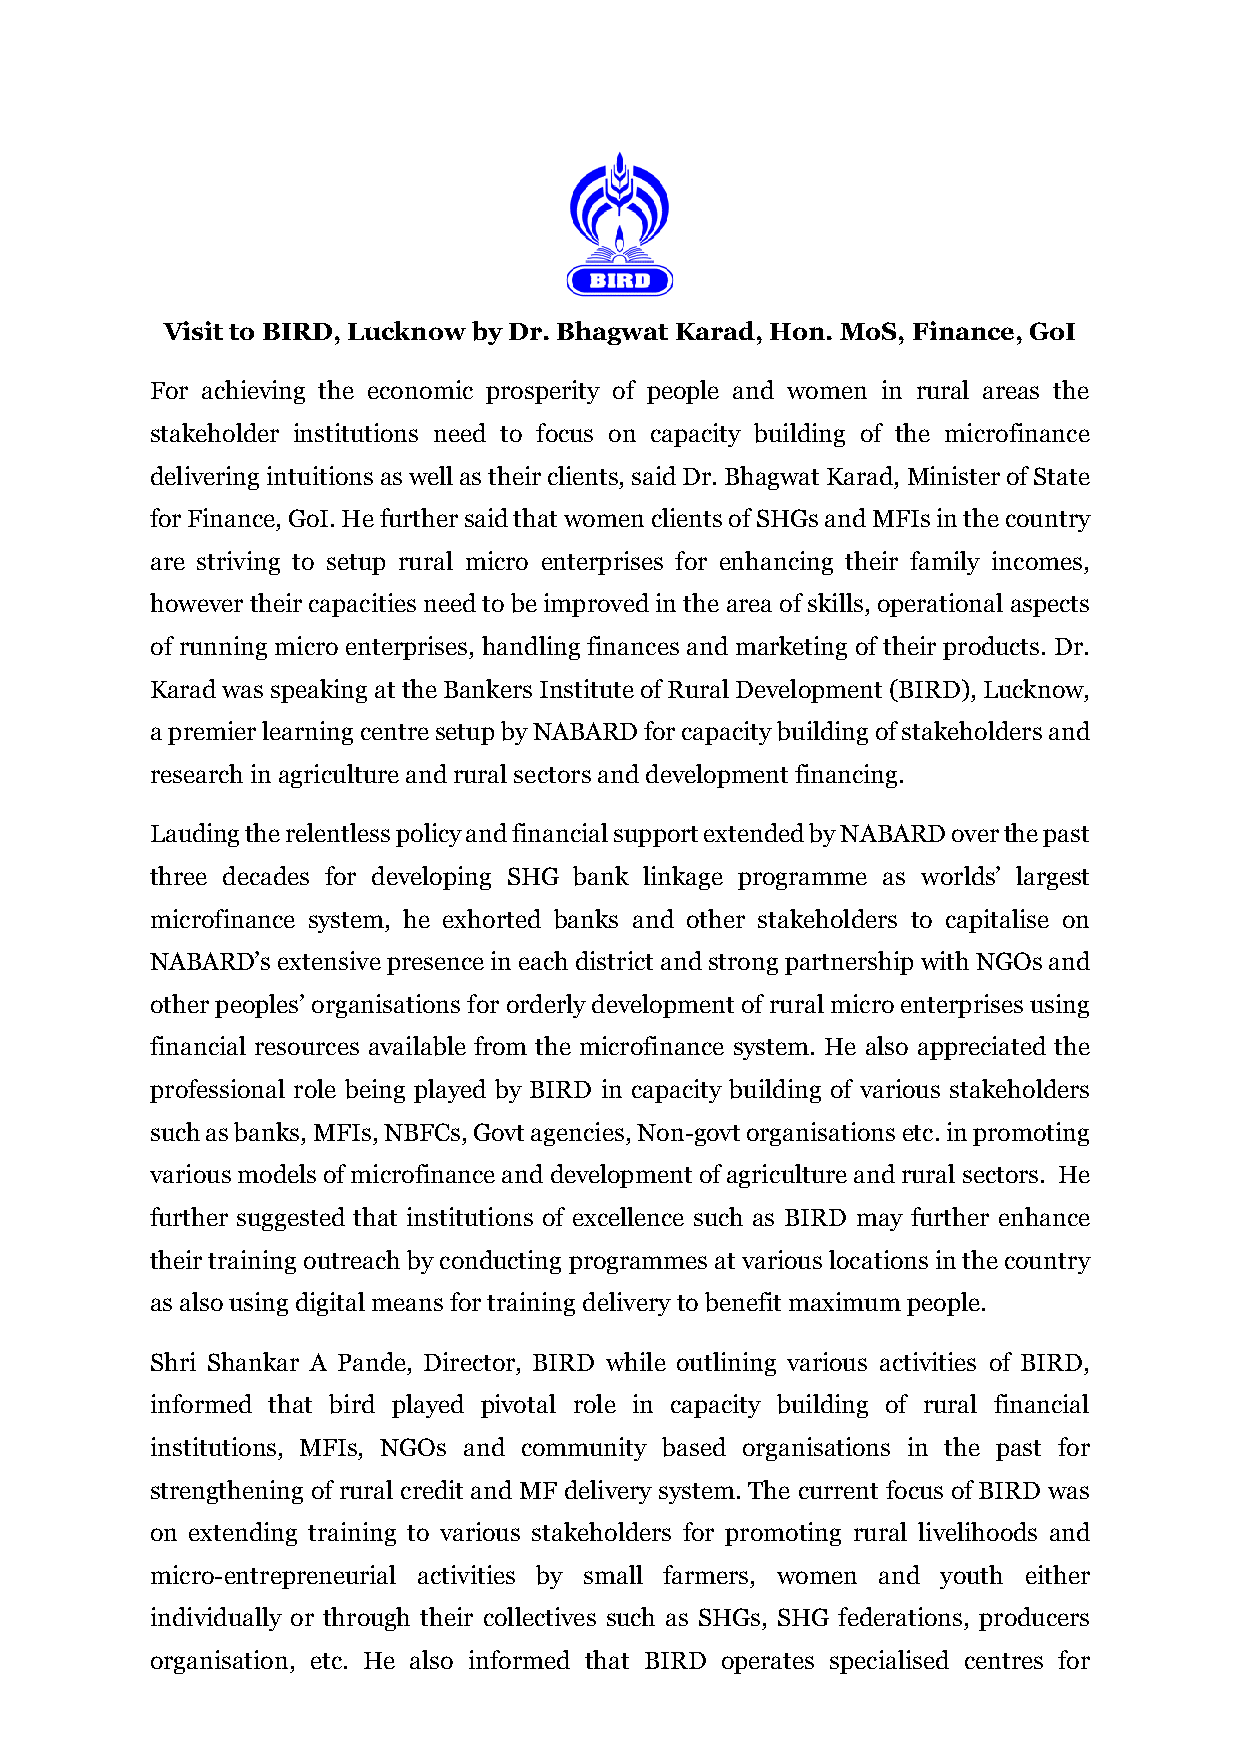
Visit to BIRD, Lucknow by Dr. Bhagwat Karad, Hon. MoS, Finance, GoI
 For achieving the economic prosperity of people and women in rural areas the
 stakeholder institutions need to focus on capacity building of the microfinance
 delivering intuitions as well as their clients, said Dr. Bhagwat Karad, Minister of State
 for Finance, GoI. He further said that women clients of SHGs and MFIs in the country
 are striving to setup rural micro enterprises for enhancing their family incomes,
 however their capacities need to be improved in the area of skills, operational aspects
 of running micro enterprises, handling finances and marketing of their products. Dr.
 Karad was speaking at the Bankers Institute of Rural Development (BIRD), Lucknow,
 a premier learning centre setup by NABARD for capacity building of stakeholders and
 research in agriculture and rural sectors and development financing.
 Lauding the relentless policy and financial support extended by NABARD over the past
 three decades for developing SHG bank linkage programme as worlds’ largest
 microfinance system, he exhorted banks and other stakeholders to capitalise on
 NABARD’s extensive presence in each district and strong partnership with NGOs and
 other peoples’ organisations for orderly development of rural micro enterprises using
 financial resources available from the microfinance system. He also appreciated the
 professional role being played by BIRD in capacity building of various stakeholders
 such as banks, MFIs, NBFCs, Govt agencies, Non-govt organisations etc. in promoting
 various models of microfinance and development of agriculture and rural sectors. He
 further suggested that institutions of excellence such as BIRD may further enhance
 their training outreach by conducting programmes at various locations in the country
 as also using digital means for training delivery to benefit maximum people.
 Shri Shankar A Pande, Director, BIRD while outlining various activities of BIRD,
 informed that bird played pivotal role in capacity building of rural financial
 institutions, MFIs, NGOs and community based organisations in the past for
 strengthening of rural credit and MF delivery system. The current focus of BIRD was
 on extending training to various stakeholders for promoting rural livelihoods and
 micro-entrepreneurial activities by small farmers, women and youth either
 individually or through their collectives such as SHGs, SHG federations, producers
 organisation, etc. He also informed that BIRD operates specialised centres for